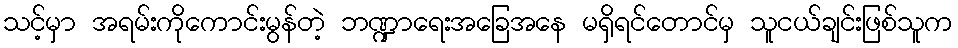
သင့်မှာ အရမ်းကိုကောင်းမွန်တဲ့ ဘဏ္ဍာရေးအခြေအနေ မရှိရင်တောင်မှ သူငယ်ချင်းဖြစ်သူက